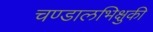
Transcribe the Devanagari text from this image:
चण्डालभिक्षुकी